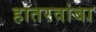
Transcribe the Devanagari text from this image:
हातरवांबा